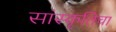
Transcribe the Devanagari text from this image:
सांस्कृतिचा